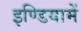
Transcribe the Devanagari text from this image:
इण्डियामें